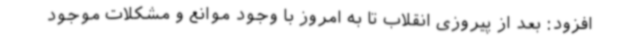
افزود: بعد از پیروزی انقلاب تا به امروز با وجود موانع و مشکلات موجود